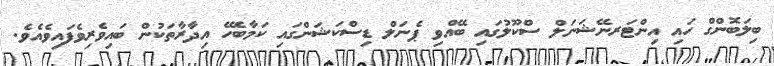
ބިލަބޮންގް ހައި އިންޓަރނޭޝަނަލް ސްކޫލުގައި ބޭއްވި ޕެނަލް ޑިސްކަޝަންގައި ކަމާބެހޭ އިދާރާތަކުން ބައިވެރިވެފައިވެއެވެ.